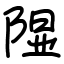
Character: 𫠃